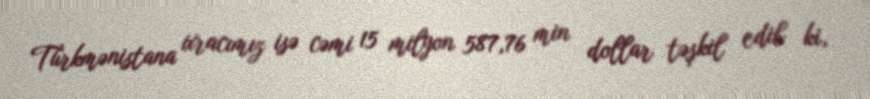
Türkmənistana ixracımız isə cəmi 15 milyon 587,76 min dollar təşkil edib ki,